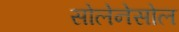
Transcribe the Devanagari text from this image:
सोलेनेसोल